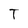
Character: T